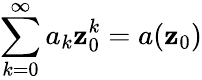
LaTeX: \sum_{k=0}^{\infty}a_{k}\mathbf{z}_{0}^{k}=a(\mathbf{z}_{0})